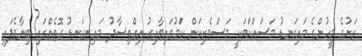
ރަށުގެ މީހުންގެ މައިގަނޑު މަސައްކަތަކީ މަސްވެރިކަން ކަމުގައިވާއިރު އިގްތިސާދު މައިނގަނޑު ގޮތެއްގައި ބިނާވެފައި